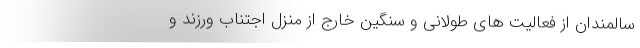
سالمندان از فعالیت های طولانی و سنگین خارج از منزل اجتناب ورزند و